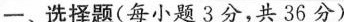
一、选择题(每小题3分，共36分)